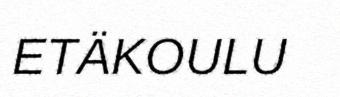
ETÄKOULU